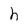
Character: h